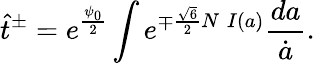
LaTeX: \hat{t}^{\pm}=e^{\frac{\psi_{0}}{2}}\int e^{\mp\frac{\sqrt{6}}{2}N\; I(a)}\frac{da}{\dot{a}}.